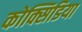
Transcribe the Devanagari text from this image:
कोक्सिडिया